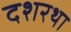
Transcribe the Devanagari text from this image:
दशरथा